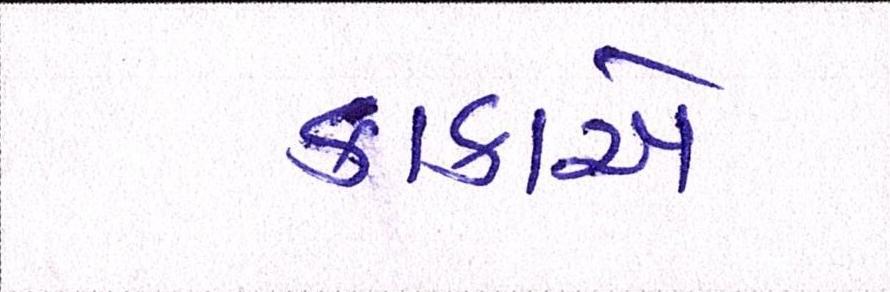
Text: કાકાએ